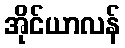
အိုင်ယာလန်